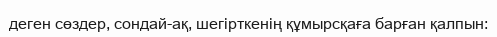
деген сөздер, сондай-ақ, шегірткенің құмырсқаға барған қалпын: